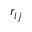
r _ { i j }